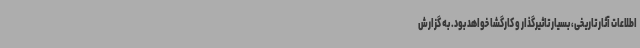
اطلاعات آثار تاریخی، بسیار تاثیرگذار و کارگشا خواهد بود. به گزارش